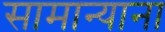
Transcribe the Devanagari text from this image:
सामान्याना